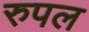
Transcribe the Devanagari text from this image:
रुपल